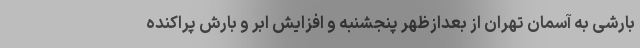
بارشی به آسمان تهران از بعدازظهر پنجشنبه و افزایش ابر و بارش پراکنده